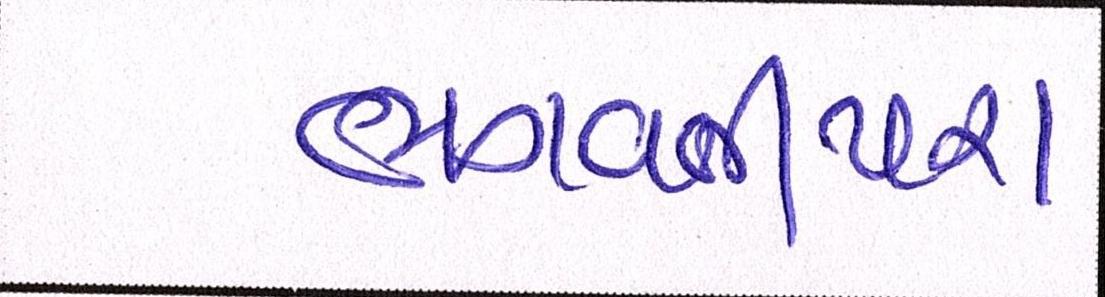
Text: ભગવતીપરા